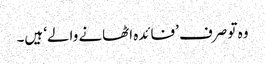
وہ تو صرف ’فائدہ اٹھانے والے‘ ہیں۔